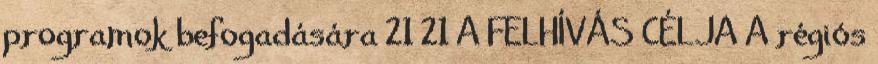
programok befogadására 21 21 A FELHÍVÁS CÉLJA A régiós